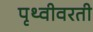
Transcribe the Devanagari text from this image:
पृथ्वीवरती